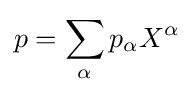
p=\sum _{\alpha }p_{\alpha }X^{\alpha }